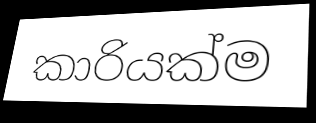
කාරියක්ම